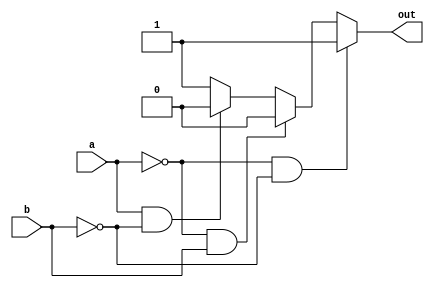
module xnor_gate(out, a, b);
	
	output out;
	input a,b;
	
	reg out;
	always @(a or b)
		begin
			if(!a && !b)
				out=1;
			else if(!a && b)
				out=0;
			else if(a && !b)
				out=0;
			else
				out=1;
		end

endmodule